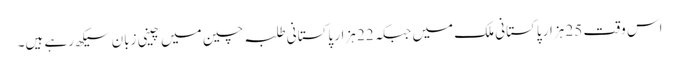
اس وقت 25 ہزار پاکستانی ملک میں جبکہ 22 ہزار پاکستانی طلبہ چین میں چینی زبان سیکھ رہے ہیں۔